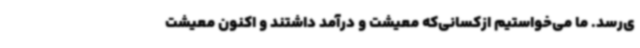
ی‌رسد. ما می‌خواستیم ازکسانی‌که معیشت و درآمد داشتند و اکنون معیشت